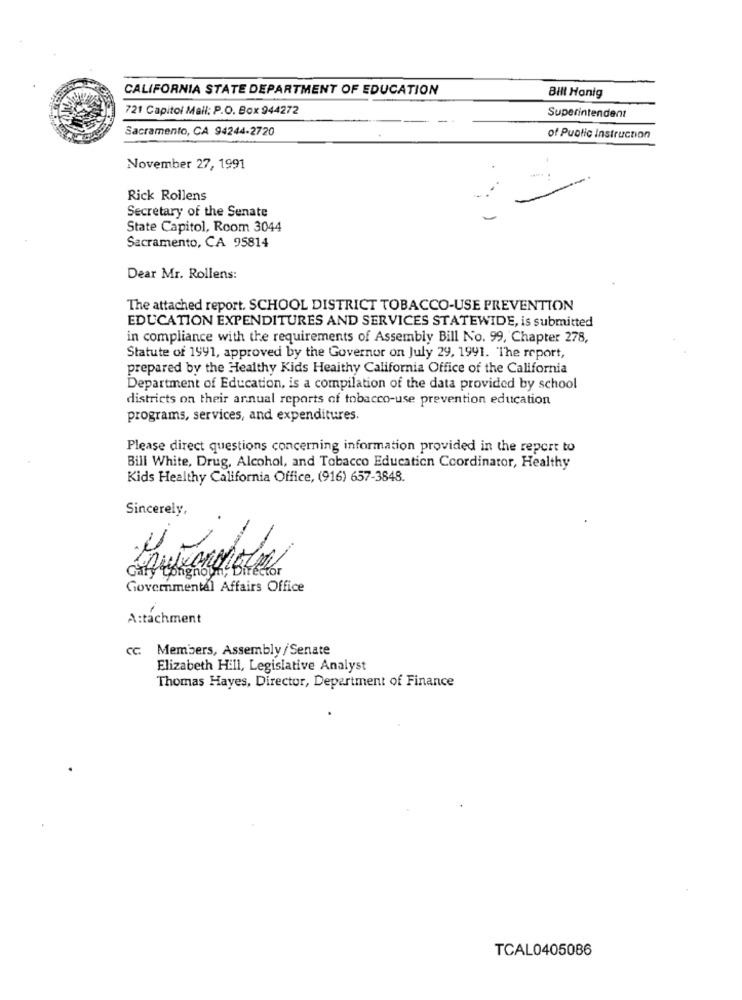
CALIFORNIA STATE DEPARTMENT OF EDUCATION
Bill Honig
721 Capitol Mail: P.O. Box 944272
Superintendent
Sacramento, CA 94244-2720
of Public Instruction
November 27, 1991
Rick Rollens
Secretary of the Senate
State Capitol, Room 3044
Sacramento, CA 95814
Dear Mr. Rollens:
The attached report. SCHOOL DISTRICT TOBACCO-USE PREVENTION
EDUCATION EXPENDITURES AND SERVICES STATEWIDE, is submitted
in compliance with the requirements of Assembly Bill No. 99, Chapter 278,
Statute of 1991, approved by the Governor on July 29, 1991. The report,
prepared by the Healthy Kids Heaithy California Office of the California
Department of Education, is a compilation of the data provided by school
districts on their annual reports of tobacco-use prevention education
programs, services, and expenditures.
Please direct questions concerning information provided in the report to
Bill White, Drug, Alcohol, and Tobacco Education Coordinator, Healthy
Kids Healthy California Office, (916) 657-3848.
Sincerely,
Gary Longnon, Bree
Equandolo
Governmental Affairs Office
A:tachment
cc. Members, Assembly/Senate
Elizabeth Hill, Legislative Analyst
Thomas Hayes, Director, Department of Finance
TCAL0405086